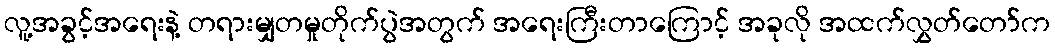
လူ့အခွင့်အရေးနဲ့ တရားမျှတမှုတိုက်ပွဲအတွက် အရေးကြီးတာကြောင့် အခုလို အထက်လွှတ်တော်က